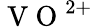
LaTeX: \mathrm{~V~O~}^{2+}